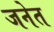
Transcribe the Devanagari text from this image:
जनेत